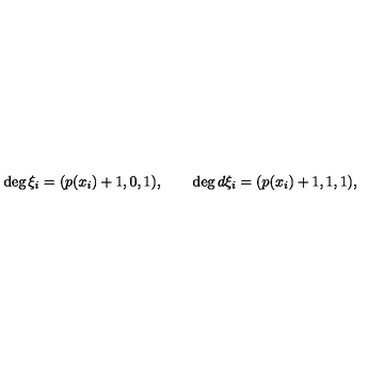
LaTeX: \deg \xi _ { i } = ( p ( x _ { i } ) + 1 , 0 , 1 ) , \qquad \deg d \xi _ { i } = ( p ( x _ { i } ) + 1 , 1 , 1 ) ,